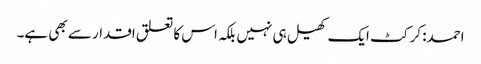
احمد: کرکٹ ایک کھیل ہی نہیں بلکہ اس کا تعلق اقدار سے بھی ہے۔